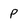
Character: P